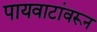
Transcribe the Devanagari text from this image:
पायवाटांवरून